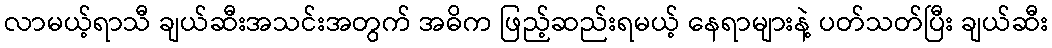
လာမယ့်ရာသီ ချယ်ဆီးအသင်းအတွက် အဓိက ဖြည့်ဆည်းရမယ့် နေရာများနဲ့ ပတ်သတ်ပြီး ချယ်ဆီး